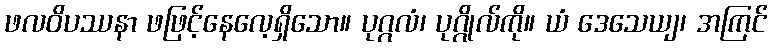
ဖလဝိပဿနာ ဖဖြင့်နေလေ့ရှိသော။ ပုဂ္ဂလံ၊ ပုဂ္ဂိုလ်ကို။ ယံ ဒေသေယျ၊ အကြင်